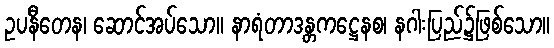
ဥပနီတေန၊ ဆောင်အပ်သော။ နာရံတာဒန္တကဋ္ဌေနစ၊ နဂါးပြည်၌ဖြစ်သော။